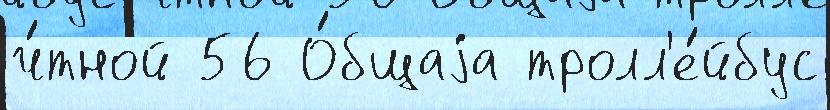
ч́тной 56 О́бщаjа тролл'е́йбус